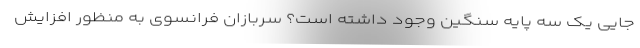
جایی یک سه پایه سنگین وجود داشته است؟ سربازان فرانسوی به منظور افزایش